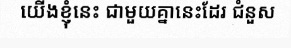
យើងខ្ញុំនេះ ជាមួយគ្នានេះដែរ ជំនួស